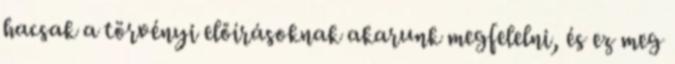
hacsak a törvényi előírásoknak akarunk megfelelni, és ez meg